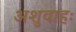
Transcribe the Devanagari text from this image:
अशुवाहः